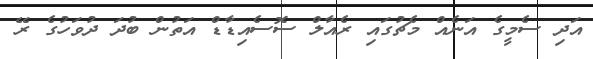
އަދި ސެމީގެ އަނެއް މެޗުގައި ރެއާލް ސޮސެއިޑާޑް އަތުން ބުދަ ދުވަހުގެ ރޭ